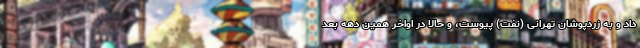
داد و به زردپوشان تهرانی (نفت) پیوست، و حالا در اواخر همین دهه بعد